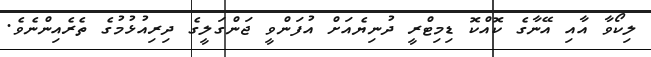
ލިކޯވާ އާއި އޭނާގެ ކޮއްކޮ ޑިމިޓްރީ ދުނިޔެއަށް އުފަންވީ ޖަންގަލީގެ ދިރިއުޅުމުގެ ތެރެއިންނެވެ.